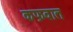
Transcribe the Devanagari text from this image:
कफ़वात